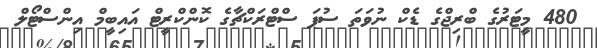
480 މީޓަރުގެ ބްރިޖްގެ ޑެކް ނުވަތަ ސުޕަ ސްޓްރަކްޗާގެ ކޮންކްރީޓް އައިބީމް އިންސްޓޯލް